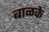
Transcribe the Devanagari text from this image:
बाळके